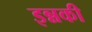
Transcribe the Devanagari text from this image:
इन्नकी